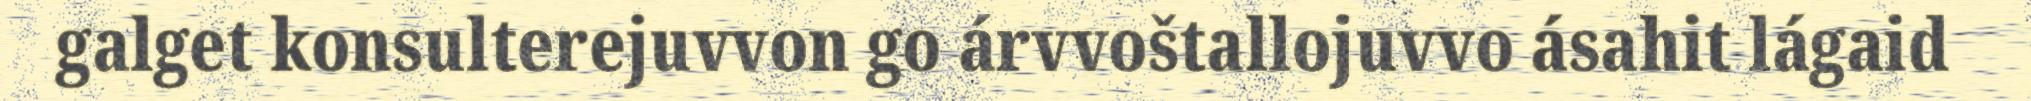
galget konsulterejuvvon go árvvoštallojuvvo ásahit lágaid